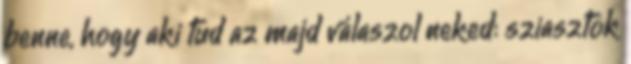
benne, hogy aki tud az majd válaszol neked: sziasztok